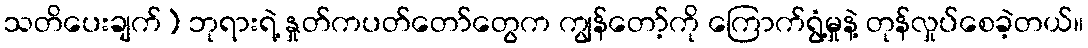
သတိပေးချက်) ဘုရားရဲ့ နှုတ်ကပတ်တော်တွေက ကျွန်တော့်ကို ကြောက်ရွံ့မှုနဲ့ တုန်လှုပ်စေခဲ့တယ်။